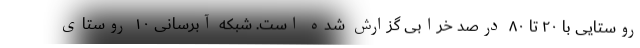
روستایی با ۲۰ تا ۸۰ درصد خرابی گزارش شده است. شبکه‌ آبرسانی ۱۰ روستای